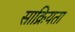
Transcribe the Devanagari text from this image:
साक्रियता